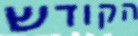
הקודש